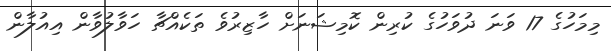
މިމަހުގެ 17 ވަނަ ދުވަހުގެ ކުރިން ކޮމިޝަނަށް ހާޒިރުވެ ތަކެއްޗާ ހަވާލުވާން އިއުލާން